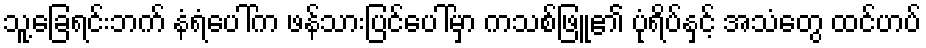
သူ့ခြေရင်းဘက် နံရံပေါ်က ဖန်သားပြင်ပေါ်မှာ ကသစ်ဖြူ၏ ပုံရိပ်နှင့် အသံတွေ ထင်ဟပ်